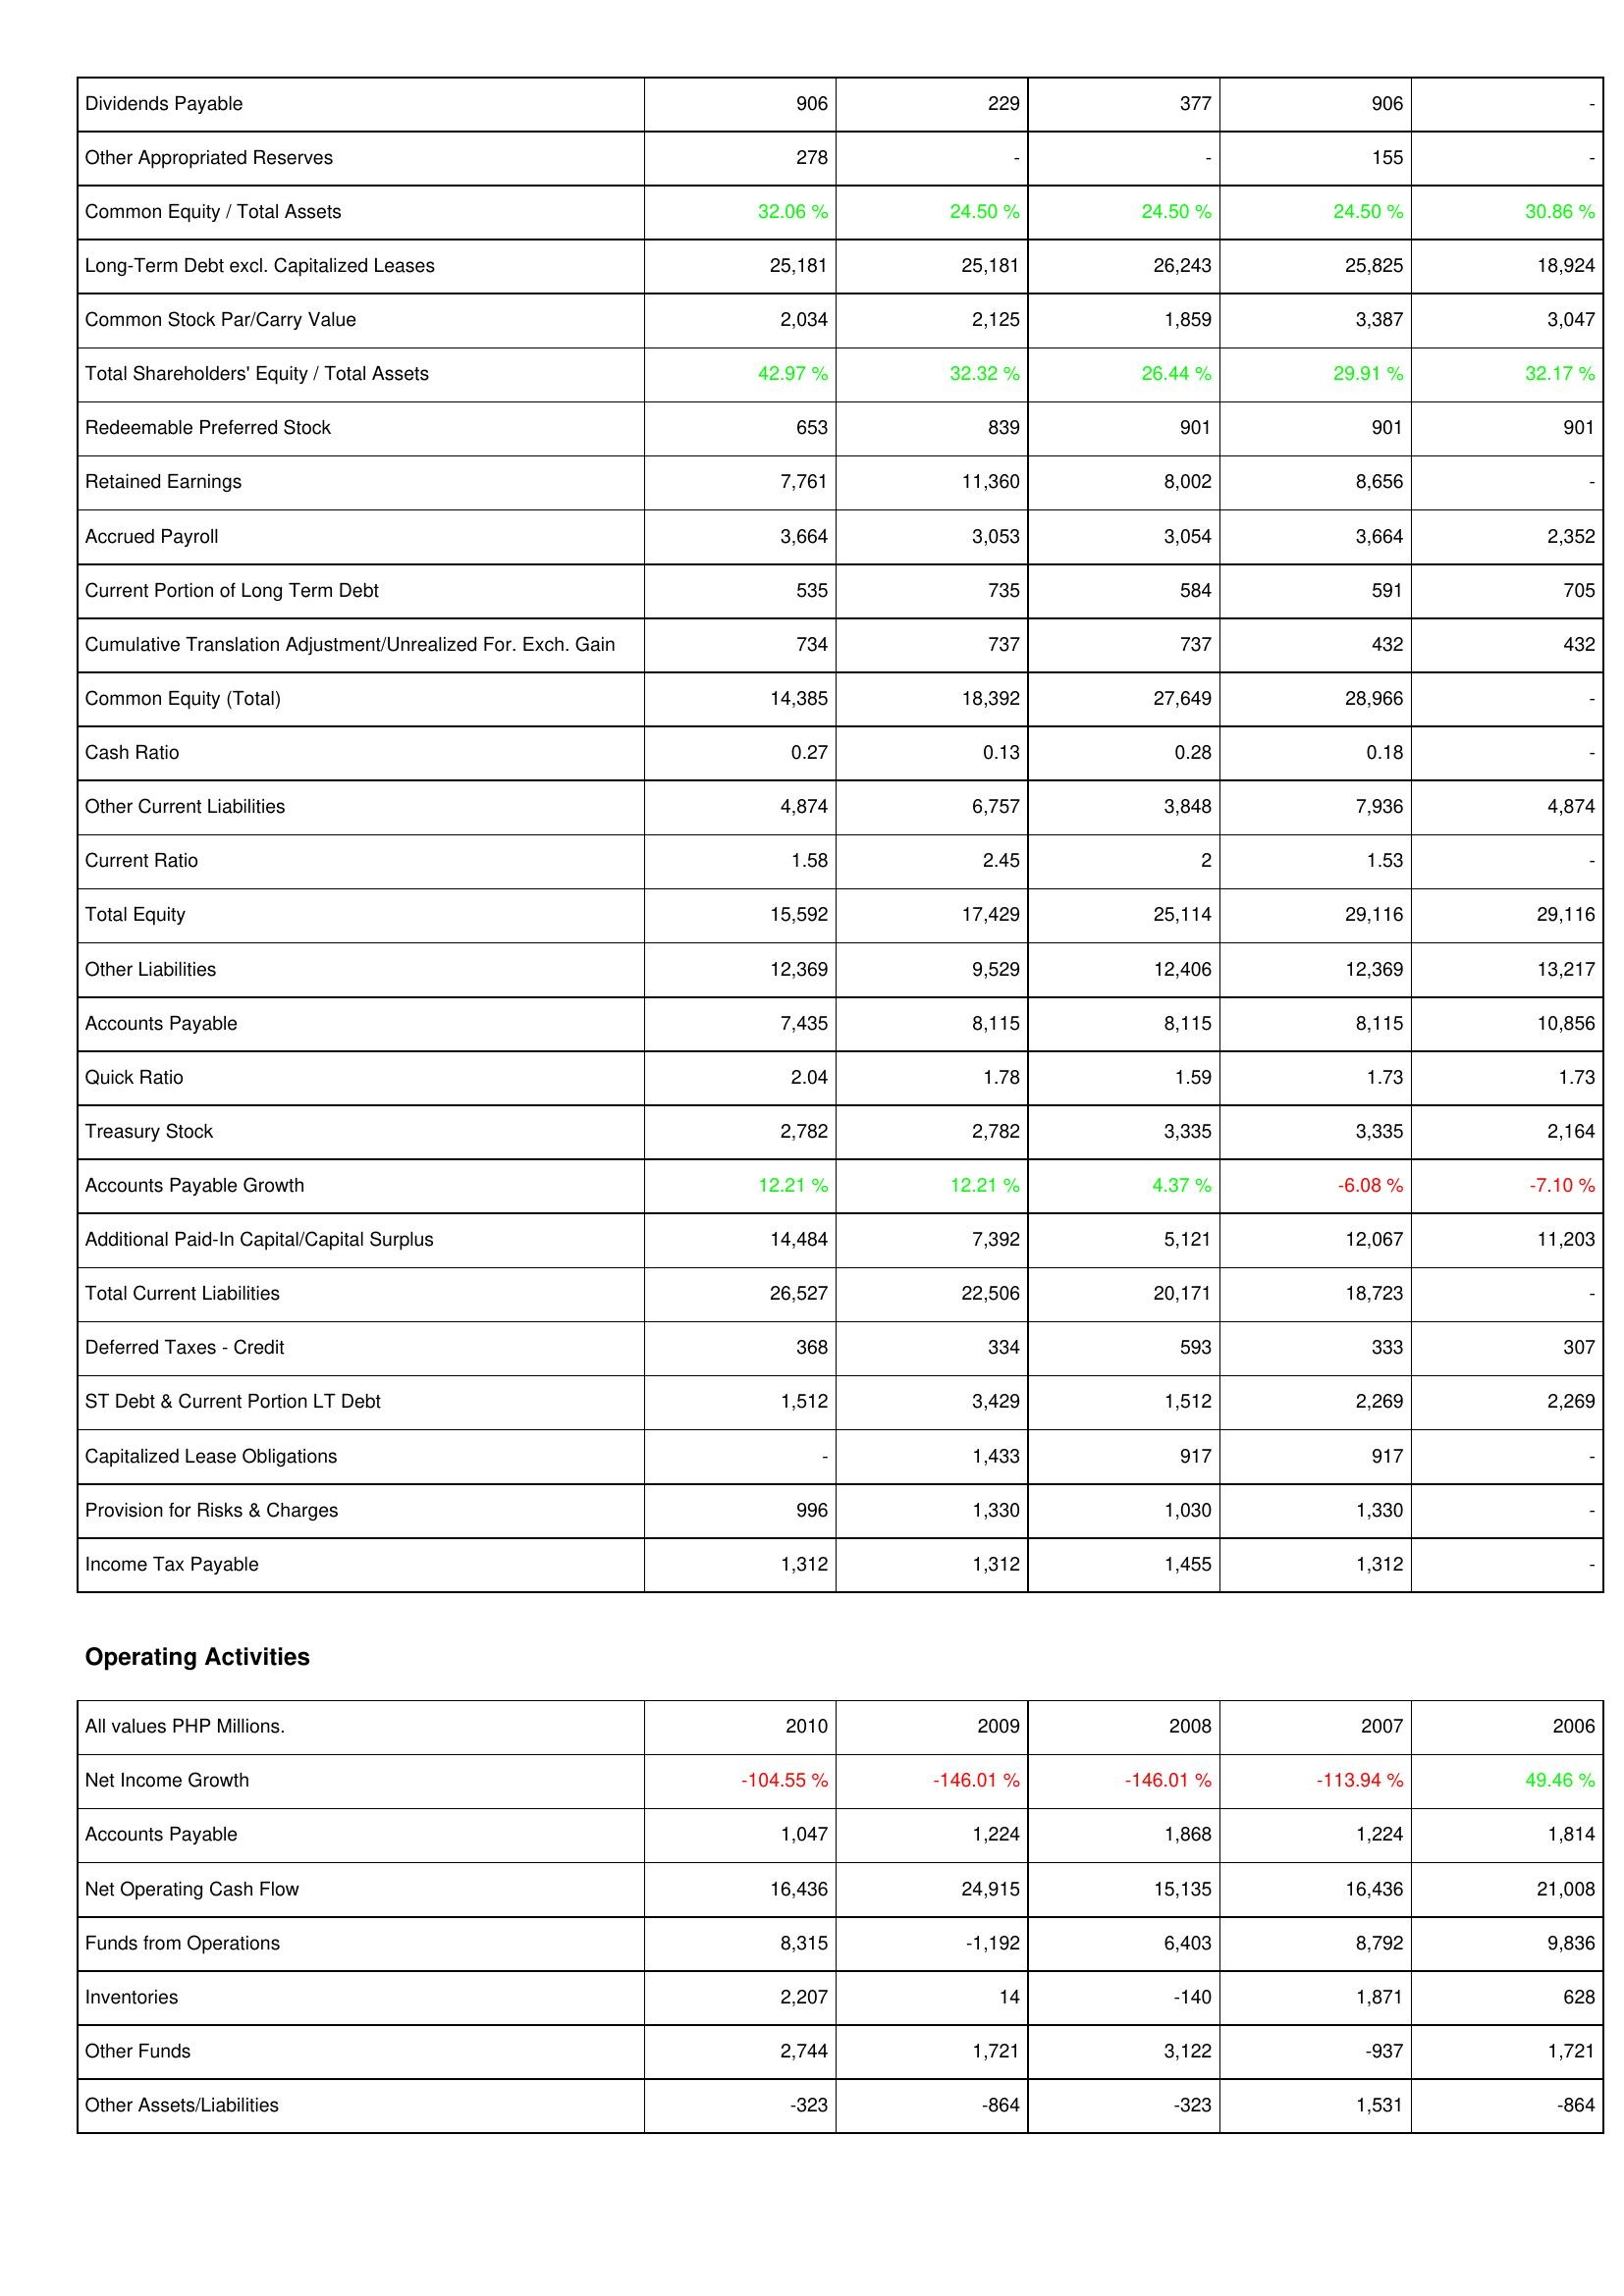
2010: Liabilities & Shareholders' Equity: Dividends Payable: 906
Other Appropriated Reserves: 278
Common Equity / Total Assets: 32.06 %
Long-Term Debt excl. Capitalized Leases: 25,181
Common Stock Par/Carry Value: 2,034
Total Shareholders' Equity / Total Assets: 42.97 %
Redeemable Preferred Stock: 653
Retained Earnings: 7,761
Accrued Payroll: 3,664
Current Portion of Long Term Debt: 535
Cumulative Translation Adjustment/Unrealized For. Exch. Gain: 734
Common Equity (Total): 14,385
Cash Ratio: 0.27
Other Current Liabilities: 4,874
Current Ratio: 1.58
Total Equity: 15,592
Other Liabilities: 12,369
Accounts Payable: 7,435
Quick Ratio: 2.04
Treasury Stock: 2,782
Accounts Payable Growth: 12.21 %
Additional Paid-In Capital/Capital Surplus: 14,484
Total Current Liabilities: 26,527
Deferred Taxes - Credit: 368
ST Debt & Current Portion LT Debt: 1,512
Capitalized Lease Obligations: -
Provision for Risks & Charges: 996
Income Tax Payable: 1,312
Operating Activities: Net Income Growth: -104.55 %
Accounts Payable: 1,047
Net Operating Cash Flow: 16,436
Funds from Operations: 8,315
Inventories: 2,207
Other Funds: 2,744
Other Assets/Liabilities: -323
2009: Liabilities & Shareholders' Equity: Dividends Payable: 229
Other Appropriated Reserves: -
Common Equity / Total Assets: 24.50 %
Long-Term Debt excl. Capitalized Leases: 25,181
Common Stock Par/Carry Value: 2,125
Total Shareholders' Equity / Total Assets: 32.32 %
Redeemable Preferred Stock: 839
Retained Earnings: 11,360
Accrued Payroll: 3,053
Current Portion of Long Term Debt: 735
Cumulative Translation Adjustment/Unrealized For. Exch. Gain: 737
Common Equity (Total): 18,392
Cash Ratio: 0.13
Other Current Liabilities: 6,757
Current Ratio: 2.45
Total Equity: 17,429
Other Liabilities: 9,529
Accounts Payable: 8,115
Quick Ratio: 1.78
Treasury Stock: 2,782
Accounts Payable Growth: 12.21 %
Additional Paid-In Capital/Capital Surplus: 7,392
Total Current Liabilities: 22,506
Deferred Taxes - Credit: 334
ST Debt & Current Portion LT Debt: 3,429
Capitalized Lease Obligations: 1,433
Provision for Risks & Charges: 1,330
Income Tax Payable: 1,312
Operating Activities: Net Income Growth: -146.01 %
Accounts Payable: 1,224
Net Operating Cash Flow: 24,915
Funds from Operations: -1,192
Inventories: 14
Other Funds: 1,721
Other Assets/Liabilities: -864
2008: Liabilities & Shareholders' Equity: Dividends Payable: 377
Other Appropriated Reserves: -
Common Equity / Total Assets: 24.50 %
Long-Term Debt excl. Capitalized Leases: 26,243
Common Stock Par/Carry Value: 1,859
Total Shareholders' Equity / Total Assets: 26.44 %
Redeemable Preferred Stock: 901
Retained Earnings: 8,002
Accrued Payroll: 3,054
Current Portion of Long Term Debt: 584
Cumulative Translation Adjustment/Unrealized For. Exch. Gain: 737
Common Equity (Total): 27,649
Cash Ratio: 0.28
Other Current Liabilities: 3,848
Current Ratio: 2
Total Equity: 25,114
Other Liabilities: 12,406
Accounts Payable: 8,115
Quick Ratio: 1.59
Treasury Stock: 3,335
Accounts Payable Growth: 4.37 %
Additional Paid-In Capital/Capital Surplus: 5,121
Total Current Liabilities: 20,171
Deferred Taxes - Credit: 593
ST Debt & Current Portion LT Debt: 1,512
Capitalized Lease Obligations: 917
Provision for Risks & Charges: 1,030
Income Tax Payable: 1,455
Operating Activities: Net Income Growth: -146.01 %
Accounts Payable: 1,868
Net Operating Cash Flow: 15,135
Funds from Operations: 6,403
Inventories: -140
Other Funds: 3,122
Other Assets/Liabilities: -323
2007: Liabilities & Shareholders' Equity: Dividends Payable: 906
Other Appropriated Reserves: 155
Common Equity / Total Assets: 24.50 %
Long-Term Debt excl. Capitalized Leases: 25,825
Common Stock Par/Carry Value: 3,387
Total Shareholders' Equity / Total Assets: 29.91 %
Redeemable Preferred Stock: 901
Retained Earnings: 8,656
Accrued Payroll: 3,664
Current Portion of Long Term Debt: 591
Cumulative Translation Adjustment/Unrealized For. Exch. Gain: 432
Common Equity (Total): 28,966
Cash Ratio: 0.18
Other Current Liabilities: 7,936
Current Ratio: 1.53
Total Equity: 29,116
Other Liabilities: 12,369
Accounts Payable: 8,115
Quick Ratio: 1.73
Treasury Stock: 3,335
Accounts Payable Growth: -6.08 %
Additional Paid-In Capital/Capital Surplus: 12,067
Total Current Liabilities: 18,723
Deferred Taxes - Credit: 333
ST Debt & Current Portion LT Debt: 2,269
Capitalized Lease Obligations: 917
Provision for Risks & Charges: 1,330
Income Tax Payable: 1,312
Operating Activities: Net Income Growth: -113.94 %
Accounts Payable: 1,224
Net Operating Cash Flow: 16,436
Funds from Operations: 8,792
Inventories: 1,871
Other Funds: -937
Other Assets/Liabilities: 1,531
2006: Liabilities & Shareholders' Equity: Dividends Payable: -
Other Appropriated Reserves: -
Common Equity / Total Assets: 30.86 %
Long-Term Debt excl. Capitalized Leases: 18,924
Common Stock Par/Carry Value: 3,047
Total Shareholders' Equity / Total Assets: 32.17 %
Redeemable Preferred Stock: 901
Retained Earnings: -
Accrued Payroll: 2,352
Current Portion of Long Term Debt: 705
Cumulative Translation Adjustment/Unrealized For. Exch. Gain: 432
Common Equity (Total): -
Cash Ratio: -
Other Current Liabilities: 4,874
Current Ratio: -
Total Equity: 29,116
Other Liabilities: 13,217
Accounts Payable: 10,856
Quick Ratio: 1.73
Treasury Stock: 2,164
Accounts Payable Growth: -7.10 %
Additional Paid-In Capital/Capital Surplus: 11,203
Total Current Liabilities: -
Deferred Taxes - Credit: 307
ST Debt & Current Portion LT Debt: 2,269
Capitalized Lease Obligations: -
Provision for Risks & Charges: -
Income Tax Payable: -
Operating Activities: Net Income Growth: 49.46 %
Accounts Payable: 1,814
Net Operating Cash Flow: 21,008
Funds from Operations: 9,836
Inventories: 628
Other Funds: 1,721
Other Assets/Liabilities: -864